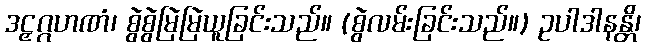
ဒဠှဂ္ဂဟဏံ၊ စွဲစွဲမြဲမြဲယူခြင်းသည်။ (စွဲလမ်းခြင်းသည်။) ဥပါဒါနန္တိ၊